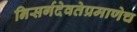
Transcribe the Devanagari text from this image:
निसर्गदेवतेप्रमाणेच